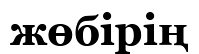
жөбірің